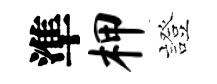
準柙證